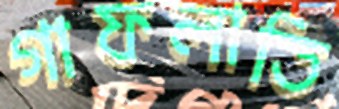
গাফলাতি